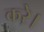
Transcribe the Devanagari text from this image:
करे़।